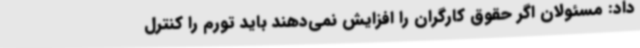
داد: مسئولان اگر حقوق کارگران را افزایش نمی‌دهند باید تورم را کنترل